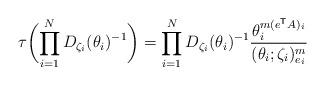
LaTeX: \begin{align*} \tau \biggl( \prod_{i = 1}^{N} D_{\zeta_i} (\theta_i)^{-1} \biggr) = \prod_{i = 1}^{N} D_{\zeta_i} (\theta_i)^{-1} \frac{\theta_i^{m(e^\mathsf{T} A)_i}}{(\theta_i; \zeta_i)_{e_i}^m} \end{align*}